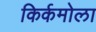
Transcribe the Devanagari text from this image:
किर्कमोला